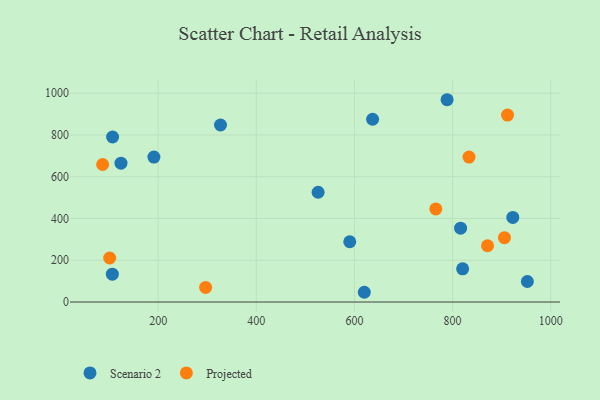
{"axis": {"x": "Engine Size", "y": "Exam Score"}, "legend": ["Projected", "Scenario 2"], "data": [{"x": "191.4", "y": 694.2, "type": "Scenario 2"}, {"x": "952.4", "y": 98.4, "type": "Scenario 2"}, {"x": "106.7", "y": 133.4, "type": "Scenario 2"}, {"x": "107.2", "y": 790.2, "type": "Scenario 2"}, {"x": "922.7", "y": 405.0, "type": "Scenario 2"}, {"x": "620.1", "y": 46.7, "type": "Scenario 2"}, {"x": "124.3", "y": 664.7, "type": "Scenario 2"}, {"x": "820.5", "y": 159.1, "type": "Scenario 2"}, {"x": "590.5", "y": 288.7, "type": "Scenario 2"}, {"x": "526.0", "y": 525.5, "type": "Scenario 2"}, {"x": "327.1", "y": 847.7, "type": "Scenario 2"}, {"x": "788.8", "y": 968.6, "type": "Scenario 2"}, {"x": "816.3", "y": 353.5, "type": "Scenario 2"}, {"x": "637.0", "y": 875.0, "type": "Scenario 2"}, {"x": "833.5", "y": 693.9, "type": "Projected"}, {"x": "86.9", "y": 658.4, "type": "Projected"}, {"x": "905.7", "y": 308.0, "type": "Projected"}, {"x": "101.3", "y": 210.7, "type": "Projected"}, {"x": "296.8", "y": 69.9, "type": "Projected"}, {"x": "871.2", "y": 269.4, "type": "Projected"}, {"x": "765.8", "y": 445.6, "type": "Projected"}, {"x": "911.9", "y": 894.9, "type": "Projected"}]}